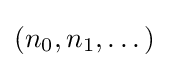
(n_{0},n_{1},\dots )